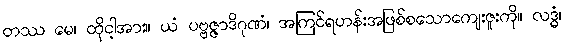
တဿ မေ၊ ထိုငါ့အား။ ယံ ပဗ္ဗဇ္ဇာဒိဂုဏံ၊ အကြင်ရဟန်းအဖြစ်စသောကျေးဇူးကို။ လဒ္ဓံ၊